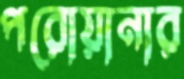
পরোয়ানার